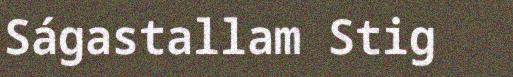
Ságastallam Stig